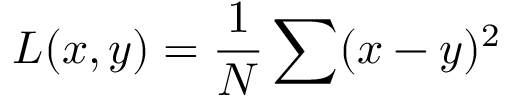
L ( x , y ) = \frac { 1 } { N } \sum ( x - y ) ^ { 2 }